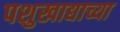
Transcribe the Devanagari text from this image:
पशुखाद्याच्या